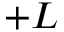
+ L